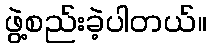
ဖွဲ့စည်းခဲ့ပါတယ်။